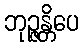
ဘုဉ္ဇန္တိပေ